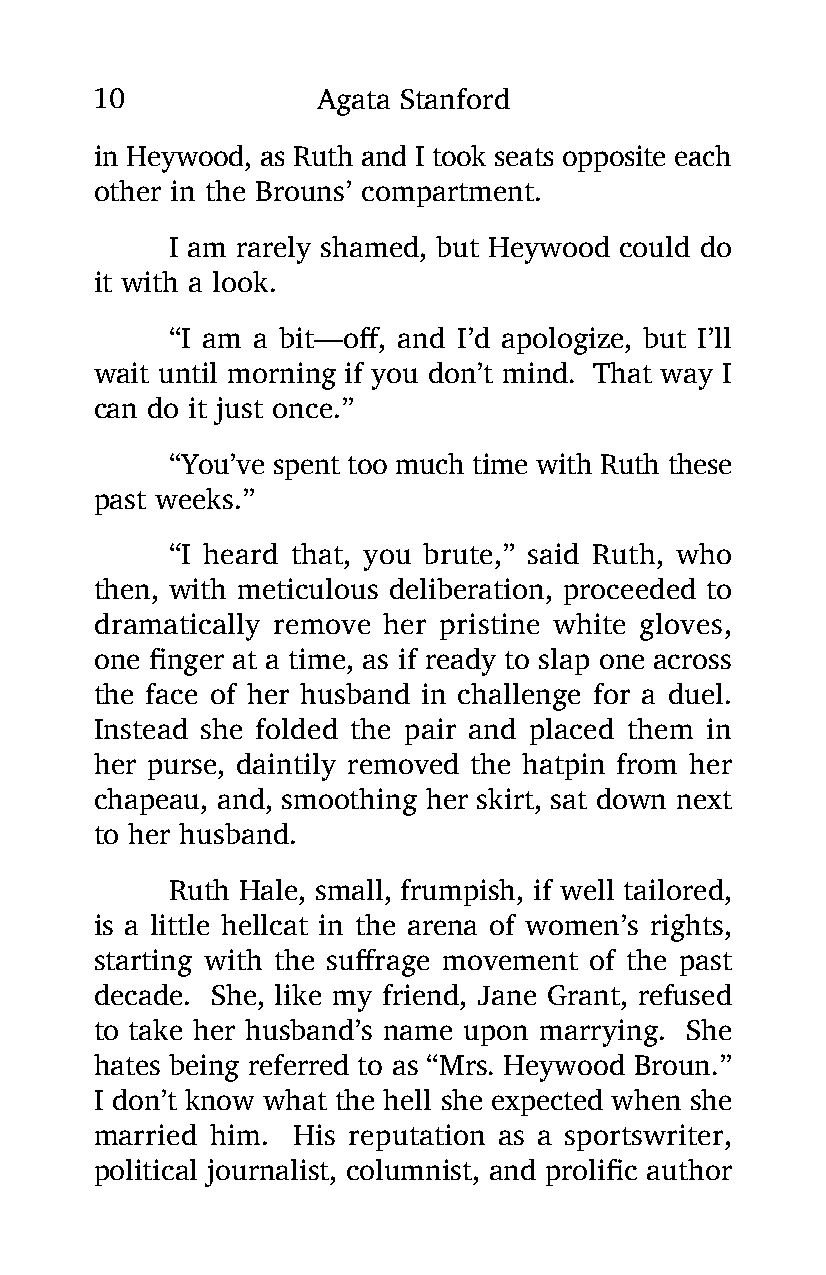
10             Agata Stanford
 in Heywood, as Ruth and I took seats opposite each
 other in the Brouns’ compartment.
 I am rarely shamed, but Heywood could do
 it with a look.
 “I am a bit—off, and I’d apologize, but I’ll
 wait until morning if you don’t mind. That way I
 can do it just once.”
 “You’ve spent too much time with Ruth these
 past weeks.”
 “I heard that, you brute,” said Ruth, who
 then, with meticulous deliberation, proceeded to
 dramatically remove her pristine white gloves,
 one finger at a time, as if ready to slap one across
 the face of her husband in challenge for a duel.
 Instead she folded the pair and placed them in
 her purse, daintily removed the hatpin from her
 chapeau, and, smoothing her skirt, sat down next
 to her husband.
 Ruth Hale, small, frumpish, if well tailored,
 is a little hellcat in the arena of women’s rights,
 starting with the suffrage movement of the past
 decade. She, like my friend, Jane Grant, refused
 to take her husband’s name upon marrying. She
 hates being referred to as “Mrs. Heywood Broun.”
 I don’t know what the hell she expected when she
 married him. His reputation as a sportswriter,
 political journalist, columnist, and prolific author